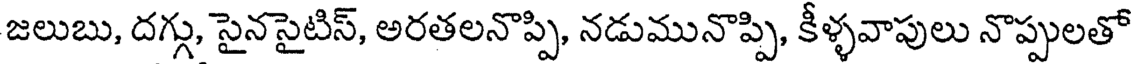
జలుబు, దగ్గు, సైనసైటిస్, అరతలనొప్పి, నడుమునొప్పి, కీళ్ళవాపులు నొప్పులతో